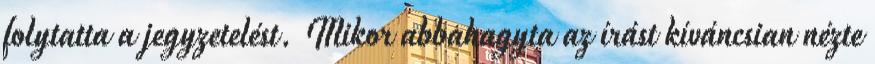
folytatta a jegyzetelést. Mikor abbahagyta az írást kíváncsian nézte